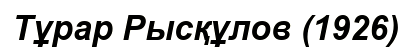
Тұрар Рысқұлов (1926)